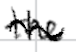
Text: the
Cross-out: wave
Writing tool: digital_black